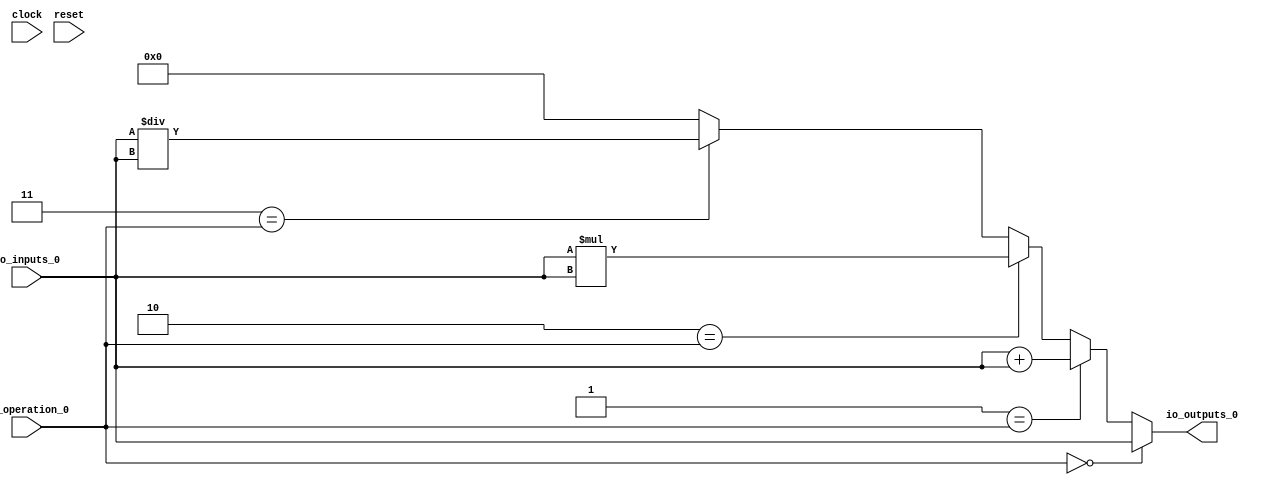
module MuxTest_width_64_inputs_1_outputs_1_pipeline_0( // @[:@3.2]
  input         clock, // @[:@4.4]
  input         reset, // @[:@5.4]
  input  [2:0]  io_operation_0, // @[:@6.4]
  input  [63:0] io_inputs_0, // @[:@6.4]
  output [63:0] io_outputs_0 // @[:@6.4]
);
  wire [64:0] _T_124; // @[MuxTest_width_64_inputs_1_outputs_1_pipeline_0s.scala 32:53:@8.4]
  wire [63:0] _T_125; // @[MuxTest_width_64_inputs_1_outputs_1_pipeline_0s.scala 32:53:@9.4]
  wire [127:0] _T_127; // @[MuxTest_width_64_inputs_1_outputs_1_pipeline_0s.scala 33:58:@10.4]
  wire [63:0] _T_129; // @[MuxTest_width_64_inputs_1_outputs_1_pipeline_0s.scala 34:56:@11.4]
  wire  _T_130; // @[Mux.scala 46:19:@12.4]
  wire [63:0] _T_131; // @[Mux.scala 46:16:@13.4]
  wire  _T_132; // @[Mux.scala 46:19:@14.4]
  wire [127:0] _T_133; // @[Mux.scala 46:16:@15.4]
  wire  _T_134; // @[Mux.scala 46:19:@16.4]
  wire [127:0] _T_135; // @[Mux.scala 46:16:@17.4]
  wire  _T_136; // @[Mux.scala 46:19:@18.4]
  wire [127:0] _T_137; // @[Mux.scala 46:16:@19.4]
  assign _T_124 = io_inputs_0 + io_inputs_0; // @[MuxTest_width_64_inputs_1_outputs_1_pipeline_0s.scala 32:53:@8.4]
  assign _T_125 = io_inputs_0 + io_inputs_0; // @[MuxTest_width_64_inputs_1_outputs_1_pipeline_0s.scala 32:53:@9.4]
  assign _T_127 = io_inputs_0 * io_inputs_0; // @[MuxTest_width_64_inputs_1_outputs_1_pipeline_0s.scala 33:58:@10.4]
  assign _T_129 = io_inputs_0 / io_inputs_0; // @[MuxTest_width_64_inputs_1_outputs_1_pipeline_0s.scala 34:56:@11.4]
  assign _T_130 = 3'h3 == io_operation_0; // @[Mux.scala 46:19:@12.4]
  assign _T_131 = _T_130 ? _T_129 : 64'h0; // @[Mux.scala 46:16:@13.4]
  assign _T_132 = 3'h2 == io_operation_0; // @[Mux.scala 46:19:@14.4]
  assign _T_133 = _T_132 ? _T_127 : {{64'd0}, _T_131}; // @[Mux.scala 46:16:@15.4]
  assign _T_134 = 3'h1 == io_operation_0; // @[Mux.scala 46:19:@16.4]
  assign _T_135 = _T_134 ? {{64'd0}, _T_125} : _T_133; // @[Mux.scala 46:16:@17.4]
  assign _T_136 = 3'h0 == io_operation_0; // @[Mux.scala 46:19:@18.4]
  assign _T_137 = _T_136 ? {{64'd0}, io_inputs_0} : _T_135; // @[Mux.scala 46:16:@19.4]
  assign io_outputs_0 = _T_137[63:0]; // @[MuxTest_width_64_inputs_1_outputs_1_pipeline_0s.scala 23:14:@20.4]
endmodule